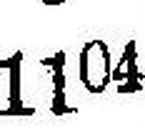
1104